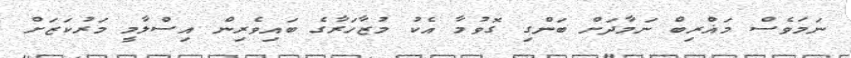
ނަމަވެސް މަޣްރިބް ނަމާދަށް ބަންގި ގޮވުމާ އެކު މުޒާހަރާގެ ބައިވެރިން އިސްލާމީ މަރުކަޒަށް